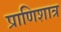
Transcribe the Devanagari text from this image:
प्राणिशात्र